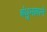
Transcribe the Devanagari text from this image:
बंधुभावाने